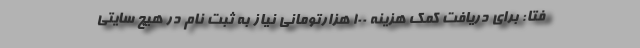
فتا: برای دریافت کمک هزینه ۱۰۰ هزارتومانی نیاز به ثبت نام در هیچ سایتی